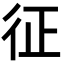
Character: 征